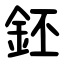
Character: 鉟